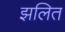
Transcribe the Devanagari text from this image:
झलित